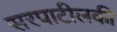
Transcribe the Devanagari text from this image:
सरपाटीलकी